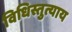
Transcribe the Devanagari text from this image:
विधिस्तुत्याय